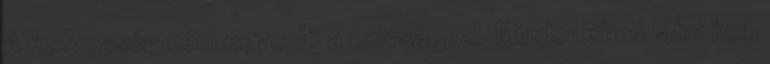
A kedvesség nem egyenlő a naivsággal. Mindenkiben látni kell,